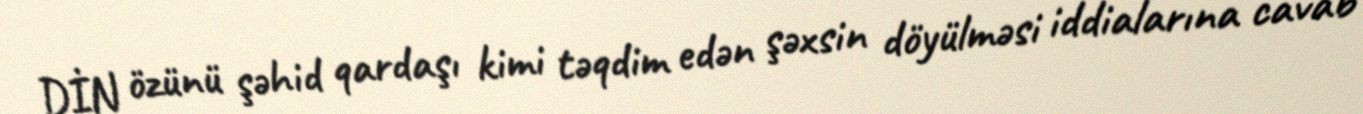
DİN özünü şəhid qardaşı kimi təqdim edən şəxsin döyülməsi iddialarına cavab